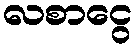
လစာငွေ